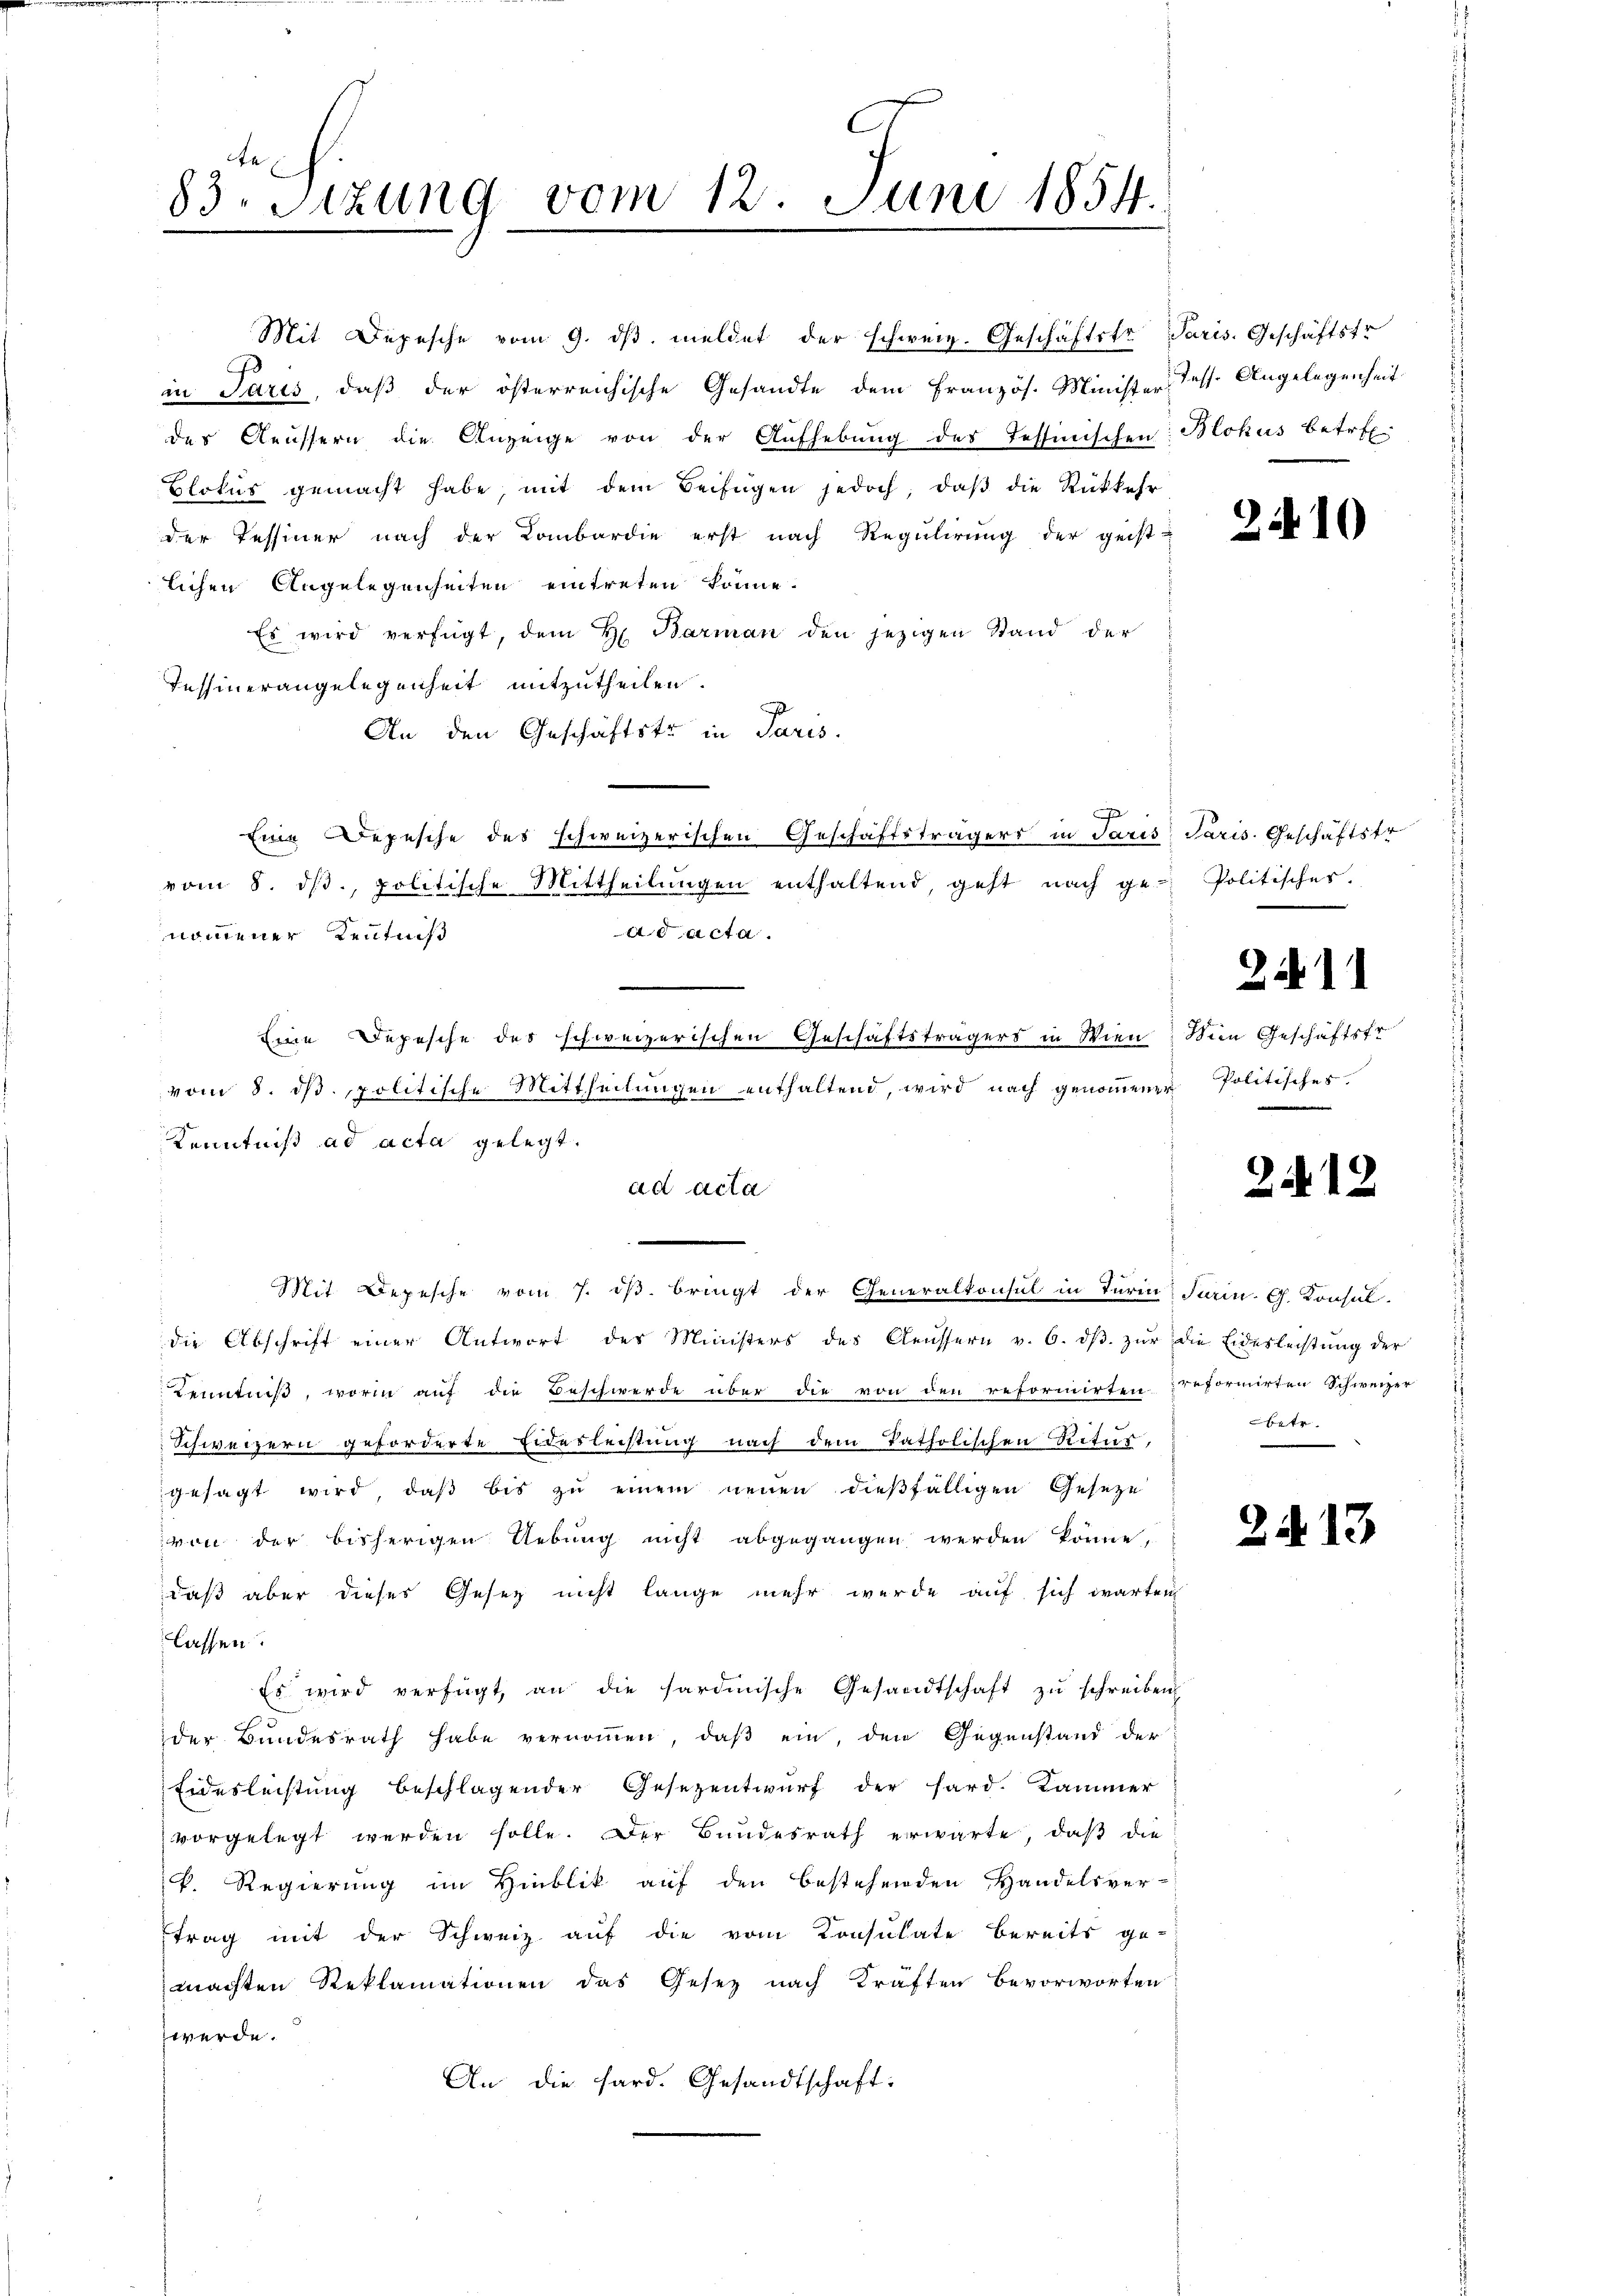
83. Sitzung vom 12. Juni 1854.

Mit Depesche vom 9. dβ meldet der schweiz. Geschäftstr.
in Paris, daß der österreichische Gesandte dem Französ. Minister
des Aeussern die Anzeige von der Aufhebung des Tessinischen
Blokŭs gemacht habe, mit dem Beifügen jedoch, daβ die Rückkehr
der Tessiner nach der Lombardie erst nach Regulirung der geist-
lichen Angelegenheiten eintreten könne.
Es wird verfügt, dem H. Barman den jezigen Stand der
Tessinerangelegenheit mitzutheilen.
An den Geschäftste in Paris.
c
Eine Depesche des schweizerischen Geschäftsträgers in Paris Paris Geschäftstr.
vom 8. dβ. politische Mittheilŭngen enthaltend, geht nach ge-Politisches
ad acta.
nommener Kenntniß
.
Eine Depesche des schweizerischen Geschäftsträgers in Wien
vom 8. dβ. politische Mittheilungen enthaltend, wird nach genoṁener Politisches
Kenntniß ad acta gelegt.
ad acta
Mit Depesche vom 7. ds. bringt der Generalkonsul in Turin darin. G. Konsul-
die Abschrift einer Antwort des Ministers des Aeussern v. 6. dβ zŭr die Eidesleistŭng der
Kenntniß, worin auf die Beschwerde über die von den reformirten reformirten Schweizer
Schweizern geforderte Eidesleistung nach dem Patholischen Ritur,
gesagt wird, daß bis zu einem neuen dießfälligen Geseze
von der bisherigen Uebung nicht abgegangen werden könne,
daß aber dieses Gesetz nicht lange mehr wurde auf sich warten
lassen.
Es wird verfügt, an die sardinische Gesandtschaft zŭ schreiben
der Bundesrath habe vernommen, daß ein, den Gegenstand der
Eidesleistung beschlagender Gesezentwurf der fard. Kammer
vorgelegt werden solle. Der Bundesrath erwarte, daβ die
k. Regierung im Hinblik auf den bestehenden Handelsver-
trag mit der Schweiz auf die vom Konsulate bereits ge-
machten Reklamationen das Gesez nach Kräften bevorworten
zwerde.
An die hard. Gesandtschaft:

Paris. Geschäftstr
Tess. Angelegenheit
Blohus betref

2410

211

Schein Geschäftsfr.

2212.

betr

2413